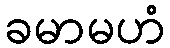
ခမာမဟံ